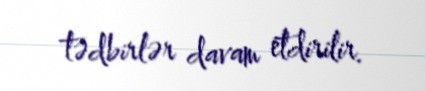
tədbirlər davam etdirilir.